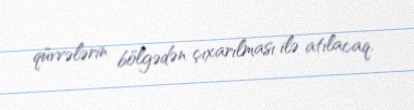
qüvvələrin bölgədən çıxarılması ilə atılacaq.